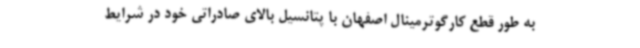
به طور قطع کارگوترمینال اصفهان با پتانسیل بالای صادراتی خود در شرایط